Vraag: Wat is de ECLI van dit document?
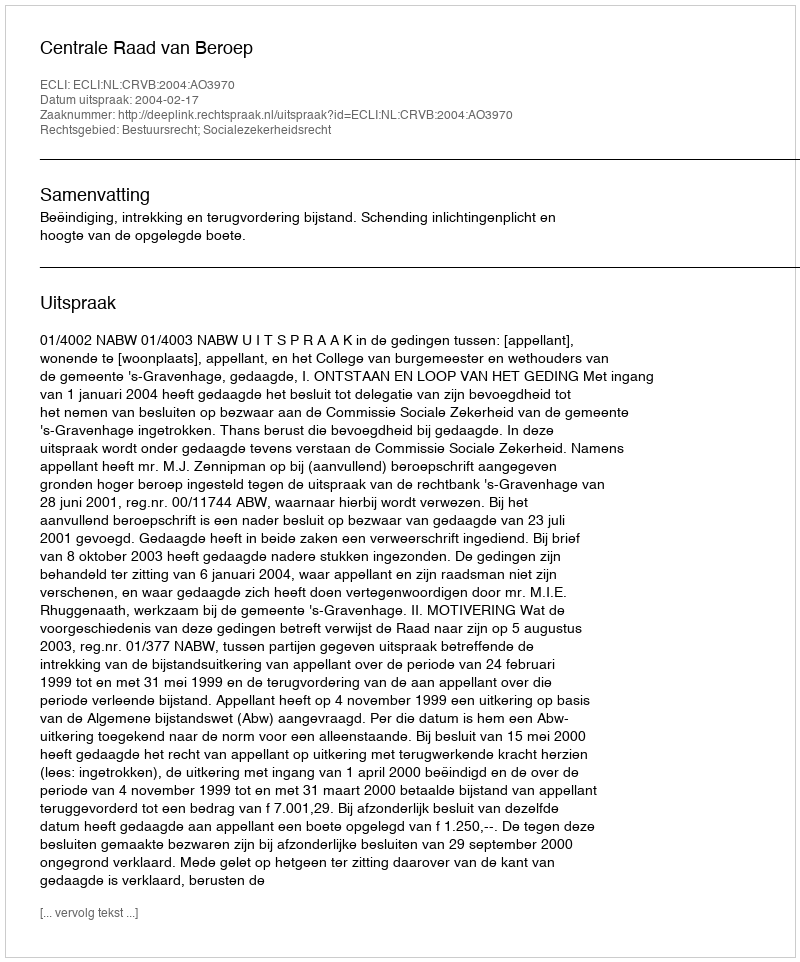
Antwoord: ECLI:NL:CRVB:2004:AO3970